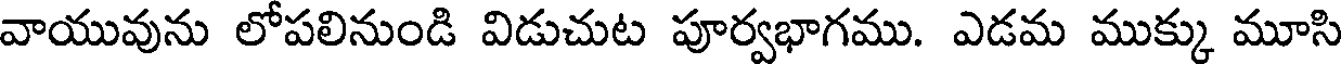
వాయువును లోపలినుండి విడుచుట పూర్వభాగము. ఎడమ ముక్కు మూసి